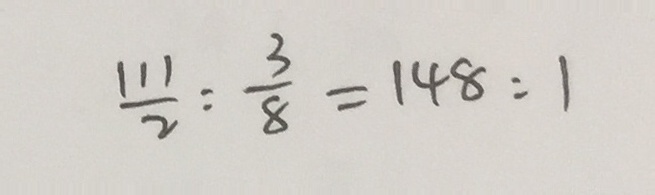
\frac { 1 1 1 } { 2 } : \frac { 3 } { 8 } = 1 4 8 : 1